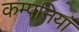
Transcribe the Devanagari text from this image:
कम्पनियॉं